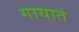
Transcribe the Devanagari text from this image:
गायात